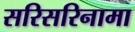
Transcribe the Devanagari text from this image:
सरिसरिनामा